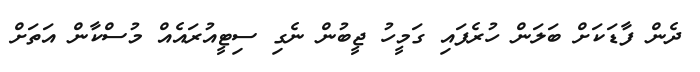
ދެން ފާޑަކަށް ބަލަން ހުރެފައި ގަމީހު ޖީބުން ނެގި ސިޓީއުރައެއް މުސްކާން އަތަށް